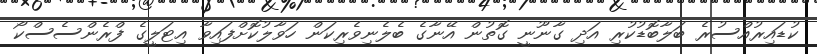
ކުޑައިރުއްސުރެ ބަލާބޮޑުކުރި އަދި ގާނޫނީ ގޮތުން އޭނާގެ ބެލެނިވެރިކަން ހަވާލުކޮށްފައިވާ އިޓަލީގެ ފްރެންސެސްކޯ